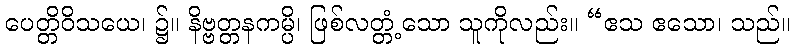
ပေတ္တိဝိသယေ၊ ၌။ နိဗ္ဗတ္တနကမ္ပိ၊ ဖြစ်လတ္တံ့သော သူကိုလည်း။ “ဧသ ဧသော၊ သည်။